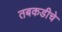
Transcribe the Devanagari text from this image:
तबकडीचे